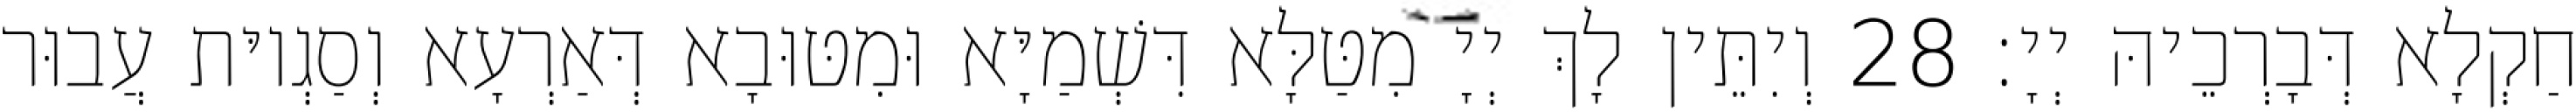
חַקְלָא דְּבָרְכֵיהּ יְיָ׃ 28 וְיִתֵּין לָךְ יְיָ מִטַּלָּא דִּשְׁמַיָּא וּמִטּוּבָא דְּאַרְעָא וְסַגְיוּת עֲבוּר